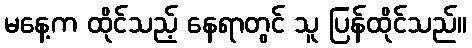
မနေ့က ထိုင်သည့် နေရာတွင် သူ ပြန်ထိုင်သည်။